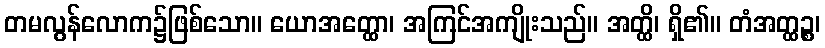
တမလွန်လောက၌ဖြစ်သော။ ယောအတ္ထော၊ အကြင်အကျိုးသည်။ အတ္ထိ၊ ရှိ၏။ တံအတ္ထဉ္စ၊